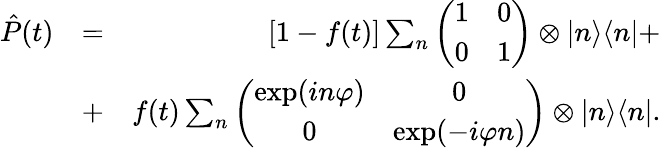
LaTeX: \begin{array}{rlr}{\hat{P}(t)}&{=}&{[1-f(t)]\sum_{n}\left(\begin{array}{cc}{1}&{0}\\ {0}&{1}\end{array}\right)\otimes|n\rangle\langle n|+}\\ &{+}&{f(t)\sum_{n}\left(\begin{array}{cc}{\exp(in\varphi)}&{0}\\ {0}&{\exp(-i\varphi n)}\end{array}\right)\otimes|n\rangle\langle n|.}\end{array}